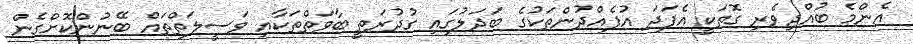
އެންމެ ބުއްދިވެރި ގޮތަކީ އެފަދަ އުފެއްދުންތަކުގެ ބަދަލުގައި ގުދުރަތީ ބާވަތްތަކާއި ވަސީލަތްތައް ބޭނުންކޮށްގެން